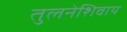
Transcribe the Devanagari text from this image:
तुलनेशिवाय